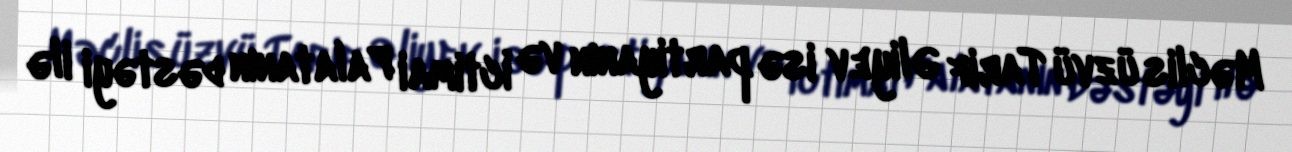
Məclis üzvü Tarif Əliyev isə partiyanın və İctimai Palatanın dəstəyi ilə